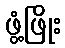
ဖွံ့ဖြိုး